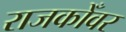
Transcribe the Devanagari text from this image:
राजकोँवर